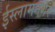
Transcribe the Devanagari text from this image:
ईस्लामनगर